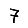
Digit: 7